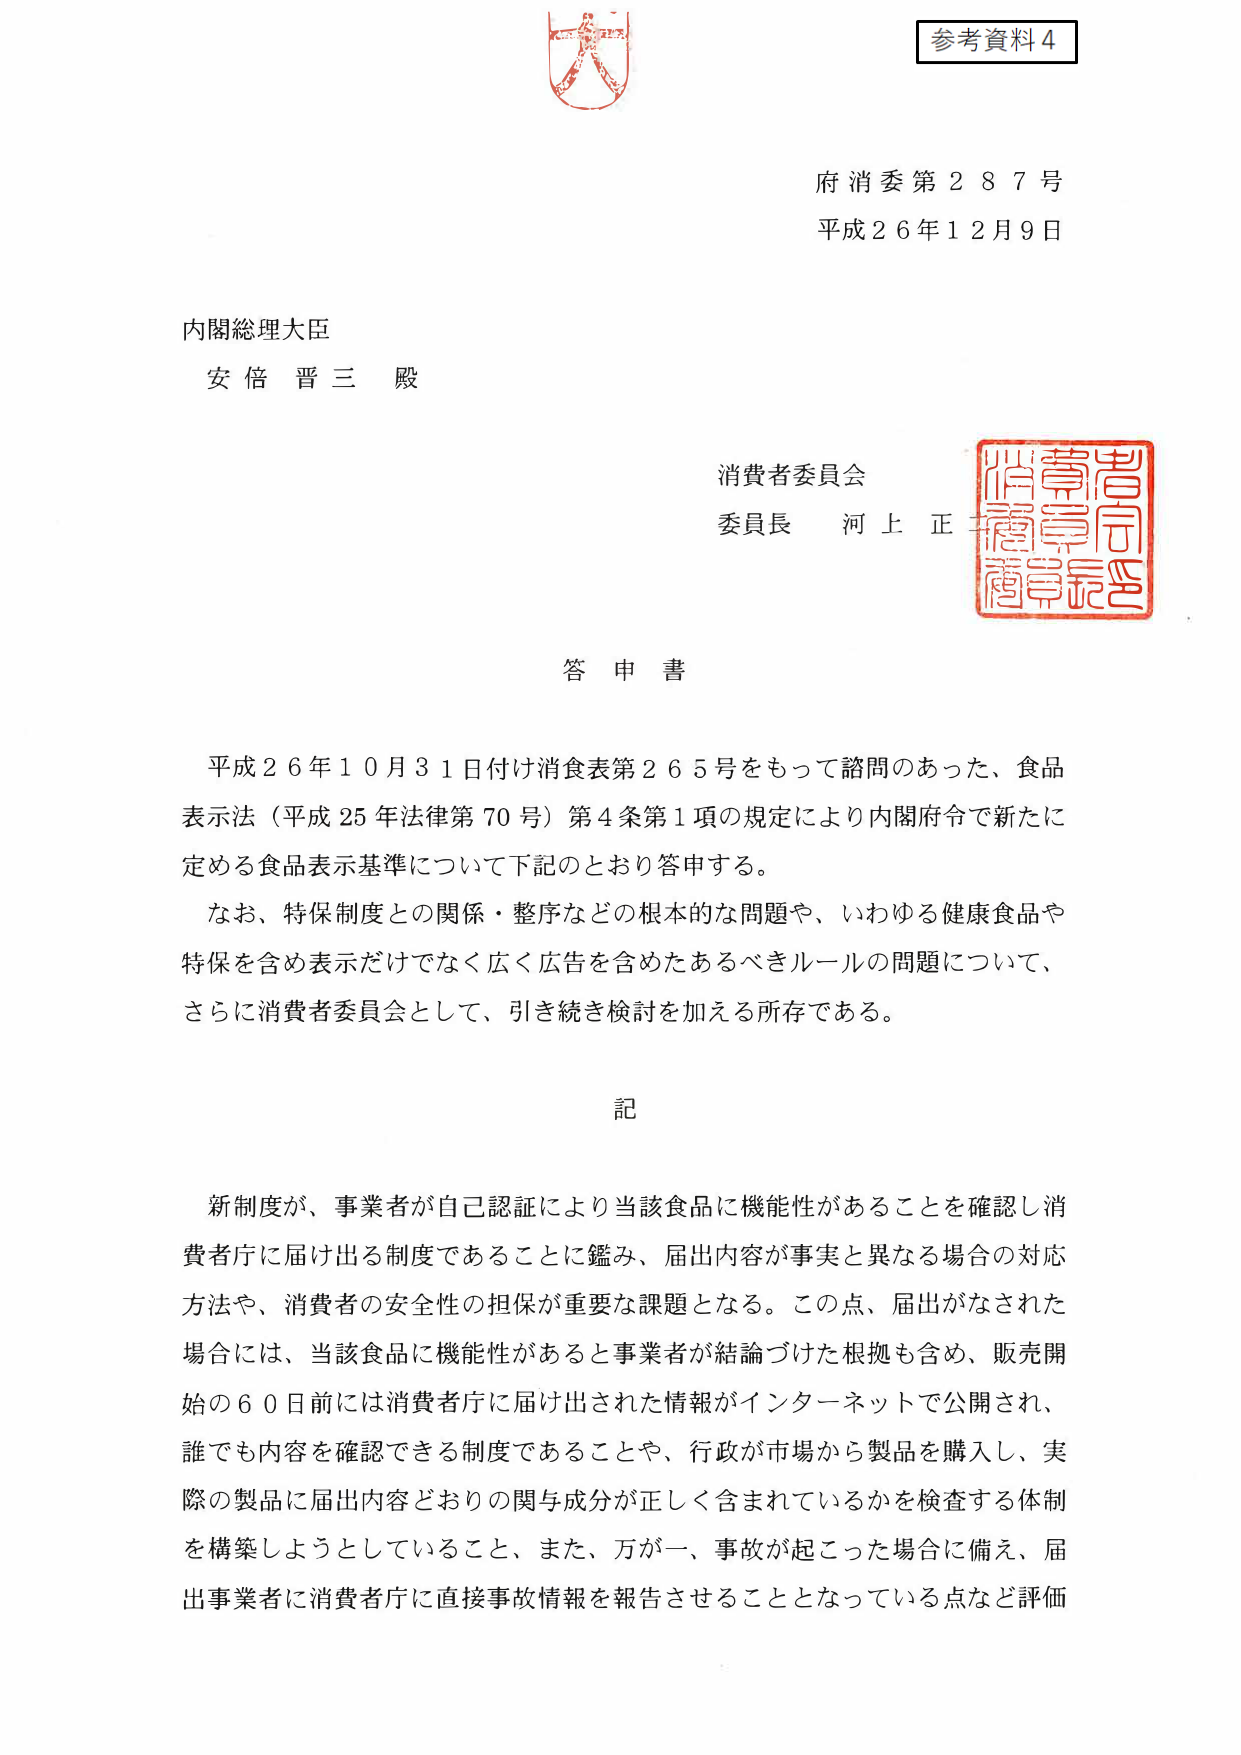
参考資料４

府消委第２８７号
平成２６年１２月９日

内閣総理大臣
安倍 晋三 殿

消費者委員会
委員長 河上 正午

答申書

平成２６年１０月３１日付け消食表第２６５号をもって諮問のあった、食品表示法（平成２５年法律第７０号）第４条第１項の規定により内閣府令で新たに定める食品表示基準について下記のとおり答申する。

なお、特保制度との関係・整序などの根本的な問題や、いわゆる健康食品や特保を含め表示だけでなく広く広告を含めたあるべきルールの問題について、さらに消費者委員会として、引き続き検討を加える所存である。

記

新制度が、事業者が自己認証により当該食品に機能性があることを確認し消費者庁に届け出る制度であることに鑑み、届出内容が事実と異なる場合の対応方法や、消費者の安全性の担保が重要な課題となる。この点、届出がなされた場合には、当該食品に機能性があると事業者が結論づけた根拠も含め、販売開始の６０日前には消費者庁に届け出された情報がインターネットで公開され、誰でも内容を確認できる制度であることや、行政が市場から製品を購入し、実際の製品に届出内容どおりの関与成分が正しく含まれているかを検査する体制を構築しようとしていること、また、万が一、事故が起こった場合に備え、届出事業者に消費者庁に直接事故情報を報告させることとなっている点など評価